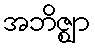
အဘိဇ္ဈာ